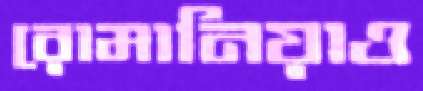
রোমানিয়াও